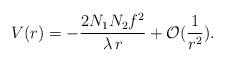
LaTeX: \begin{align*}V(r)=-\frac{2N_{1}N_{2}f^{2}}{\lambda\,r}+{\cal O}(\frac{1}{r^{2}}).\end{align*}